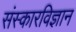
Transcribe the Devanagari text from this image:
संस्कारविज्ञान